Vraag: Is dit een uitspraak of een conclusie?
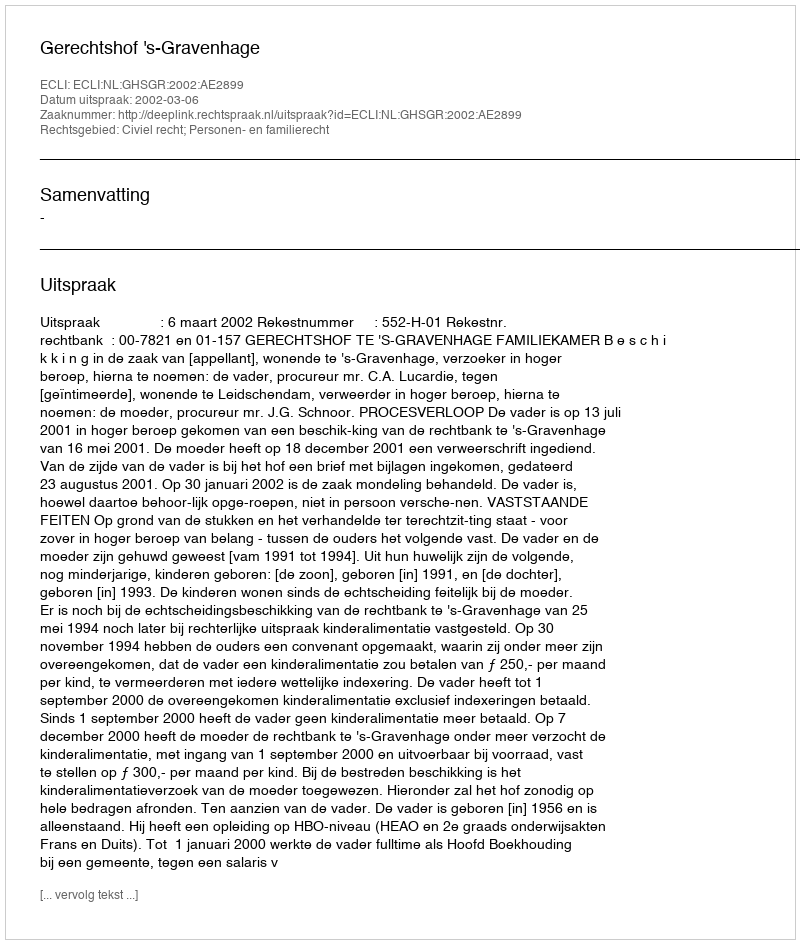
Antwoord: Uitspraak